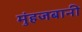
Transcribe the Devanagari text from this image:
मुंहजबानी